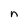
Character: n